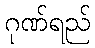
ဂုဏ်ရည်